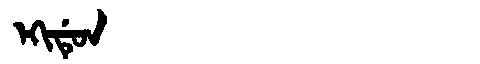
Manchu: ᡝᡴᡳᡩᡠᠨ
Romanization: EKIDUN